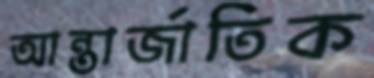
আন্তার্জাতিক